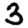
Digit: 3